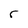
Character: r